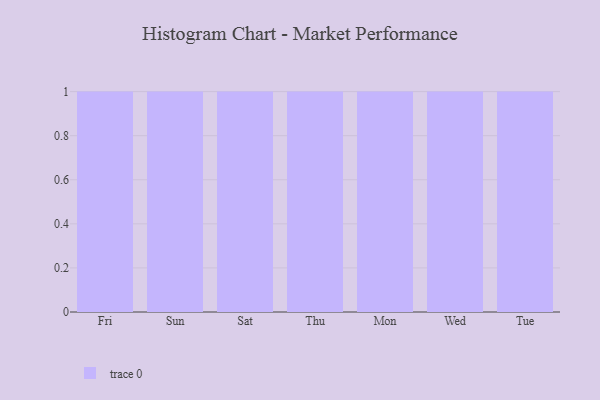
{"axis": {"x": "Day", "y": "Gross Profit (USD K)"}, "legend": [""], "data": [{"x": "Fri", "y": 1, "type": ""}, {"x": "Sun", "y": 61, "type": ""}, {"x": "Sat", "y": 53, "type": ""}, {"x": "Thu", "y": 10, "type": ""}, {"x": "Mon", "y": 13, "type": ""}, {"x": "Wed", "y": 56, "type": ""}, {"x": "Tue", "y": 15, "type": ""}]}